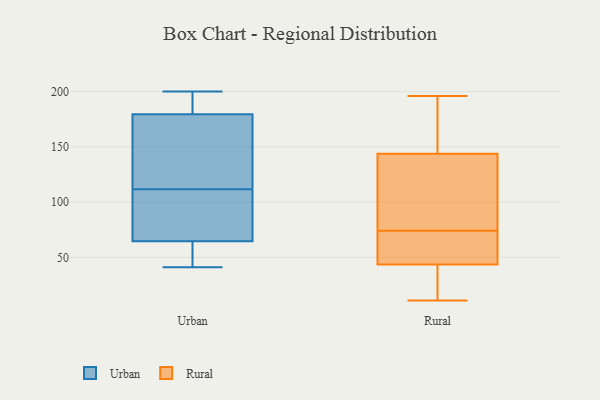
{"axis": {"x": "Website Visitors", "y": "Value"}, "legend": ["Rural", "Urban"], "data": [{"x": "", "y": 42, "type": "Urban"}, {"x": "", "y": 200, "type": "Urban"}, {"x": "", "y": 117, "type": "Urban"}, {"x": "", "y": 71, "type": "Urban"}, {"x": "", "y": 85, "type": "Urban"}, {"x": "", "y": 149, "type": "Urban"}, {"x": "", "y": 182, "type": "Urban"}, {"x": "", "y": 198, "type": "Urban"}, {"x": "", "y": 177, "type": "Urban"}, {"x": "", "y": 122, "type": "Urban"}, {"x": "", "y": 81, "type": "Urban"}, {"x": "", "y": 48, "type": "Urban"}, {"x": "", "y": 41, "type": "Urban"}, {"x": "", "y": 200, "type": "Urban"}, {"x": "", "y": 106, "type": "Urban"}, {"x": "", "y": 58, "type": "Urban"}, {"x": "", "y": 143, "type": "Rural"}, {"x": "", "y": 58, "type": "Rural"}, {"x": "", "y": 74, "type": "Rural"}, {"x": "", "y": 196, "type": "Rural"}, {"x": "", "y": 140, "type": "Rural"}, {"x": "", "y": 58, "type": "Rural"}, {"x": "", "y": 144, "type": "Rural"}, {"x": "", "y": 154, "type": "Rural"}, {"x": "", "y": 21, "type": "Rural"}, {"x": "", "y": 54, "type": "Rural"}, {"x": "", "y": 162, "type": "Rural"}, {"x": "", "y": 18, "type": "Rural"}, {"x": "", "y": 66, "type": "Rural"}, {"x": "", "y": 11, "type": "Rural"}, {"x": "", "y": 35, "type": "Rural"}, {"x": "", "y": 40, "type": "Rural"}, {"x": "", "y": 116, "type": "Rural"}, {"x": "", "y": 84, "type": "Rural"}, {"x": "", "y": 178, "type": "Rural"}]}